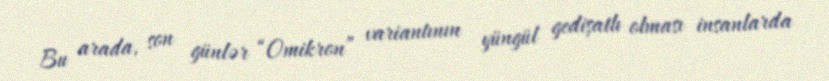
Bu arada, son günlər “Omikron” variantının yüngül gedişatlı olması insanlarda